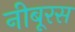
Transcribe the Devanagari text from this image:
नीबूरस